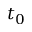
t _ { 0 }